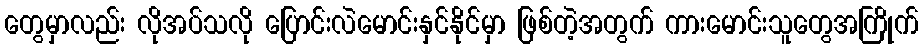
တွေမှာလည်း လိုအပ်သလို ပြောင်းလဲမောင်းနှင်နိုင်မှာ ဖြစ်တဲ့အတွက် ကားမောင်းသူတွေအကြိုက်